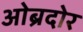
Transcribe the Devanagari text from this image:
ओब्रदोर